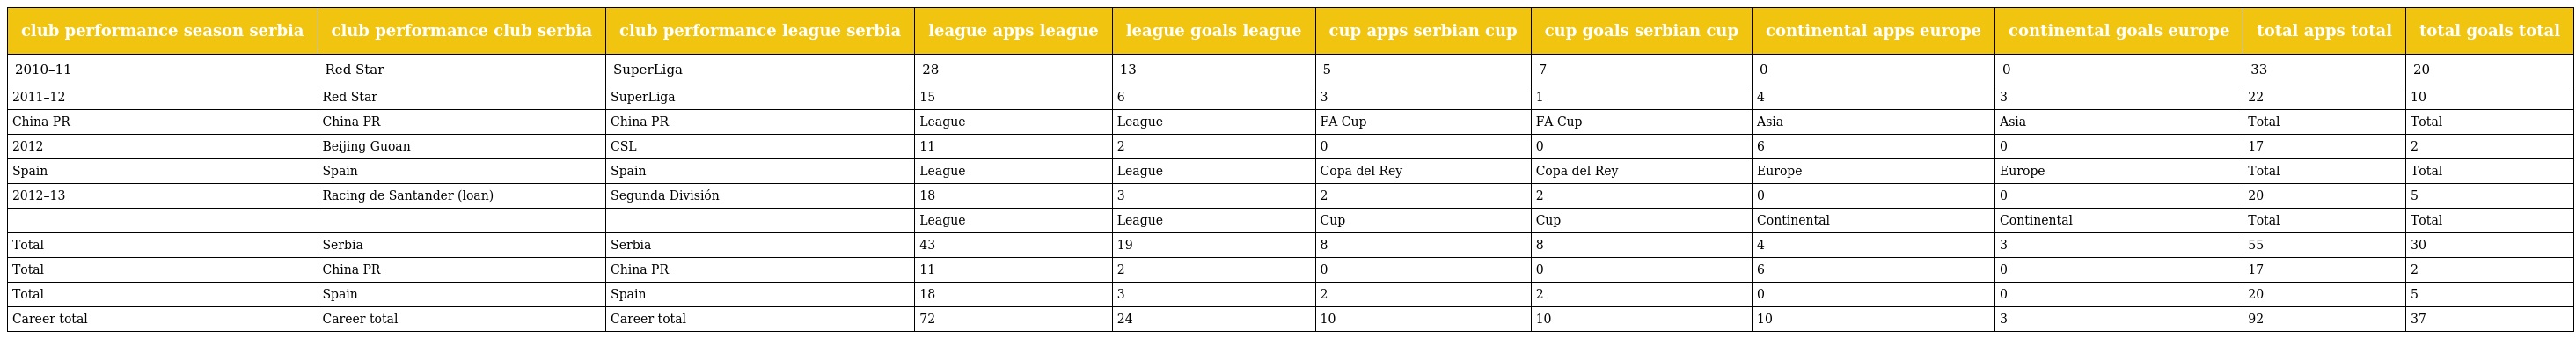
| club performance season serbia | club performance club serbia | club performance league serbia | league apps league | league goals league | cup apps serbian cup | cup goals serbian cup | continental apps europe | continental goals europe | total apps total | total goals total |
 | --- | --- | --- | --- | --- | --- | --- | --- | --- | --- | --- |
 | 2010–11 | Red Star | SuperLiga | 28 | 13 | 5 | 7 | 0 | 0 | 33 | 20 |
 | 2011–12 | Red Star | SuperLiga | 15 | 6 | 3 | 1 | 4 | 3 | 22 | 10 |
 | China PR | China PR | China PR | League | League | FA Cup | FA Cup | Asia | Asia | Total | Total |
 | 2012 | Beijing Guoan | CSL | 11 | 2 | 0 | 0 | 6 | 0 | 17 | 2 |
 | Spain | Spain | Spain | League | League | Copa del Rey | Copa del Rey | Europe | Europe | Total | Total |
 | 2012–13 | Racing de Santander (loan) | Segunda División | 18 | 3 | 2 | 2 | 0 | 0 | 20 | 5 |
 |  |  |  | League | League | Cup | Cup | Continental | Continental | Total | Total |
 | Total | Serbia | Serbia | 43 | 19 | 8 | 8 | 4 | 3 | 55 | 30 |
 | Total | China PR | China PR | 11 | 2 | 0 | 0 | 6 | 0 | 17 | 2 |
 | Total | Spain | Spain | 18 | 3 | 2 | 2 | 0 | 0 | 20 | 5 |
 | Career total | Career total | Career total | 72 | 24 | 10 | 10 | 10 | 3 | 92 | 37 |